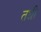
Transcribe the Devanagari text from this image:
तधी